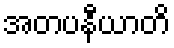
အတပနီယာတိ